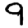
Digit: 9